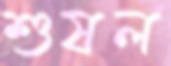
শুষল